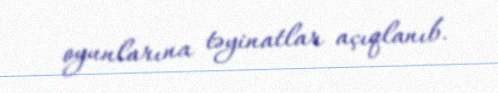
oyunlarına təyinatlar açıqlanıb.